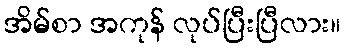
အိမ်စာ အကုန် လုပ်ပြီးပြီလား။